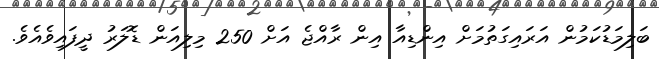
ބަލިމަޑުކަމުން އަރައިގަތުމަށް އިންޑިއާ އިން ރާއްޖެ އަށް 250 މިލިއަން ޑޮލަރު ދީފައިވެއެވެ.